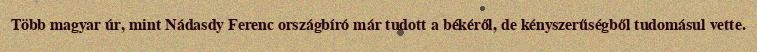
Több magyar úr, mint Nádasdy Ferenc országbíró már tudott a békéről, de kényszerűségből tudomásul vette.